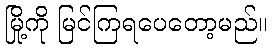
မြို့ကို မြင်ကြရပေတော့မည်။